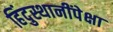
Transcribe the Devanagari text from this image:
हिंदुस्थानींपेक्षा